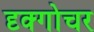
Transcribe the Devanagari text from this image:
दृक्गोचर